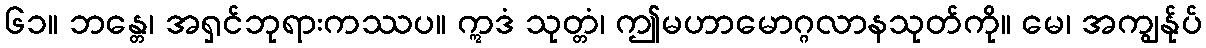
၆၁။ ဘန္တေ၊ အရှင်ဘုရားကဿပ။ ဣဒံ သုတ္တံ၊ ဤမဟာမောဂ္ဂလာနသုတ်ကို။ မေ၊ အကျွန်ုပ်